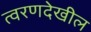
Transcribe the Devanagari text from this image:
त्वरणदेखील